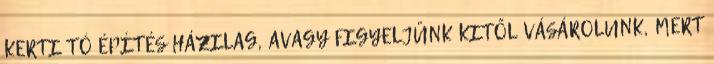
KERTI TÓ ÉPÍTÉS HÁZILAG, AVAGY FIGYELJÜNK KITŐL VÁSÁROLUNK, MERT